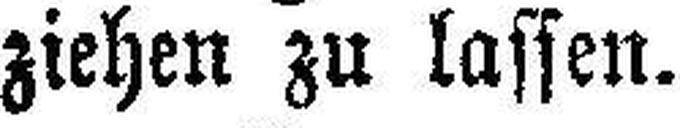
ziehen zu lassen.